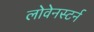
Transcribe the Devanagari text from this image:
लोवेनस्टर्न